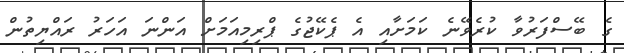
ގެ ބޭސްފަރުވާ ކުރެވޭނެ ކަމަށާއި އެ ޕެކޭޖުގެ ޕްރިމިއަމަށް އަންނަ އަހަރު ރައްޔިތުން